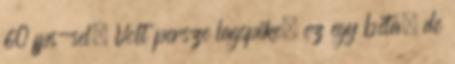
60 fps-sel. Volt persze lagspike, ez egy béta, de